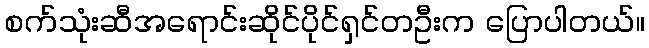
စက်သုံးဆီအရောင်းဆိုင်ပိုင်ရှင်တဦးက ပြောပါတယ်။